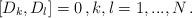
LaTeX: \begin{align*}\displaystyle{[D_k,D_l]=0\,,k,l=1,...,N\,. }\end{align*}